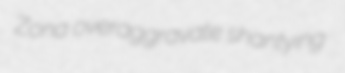
Zona overaggravate shantying